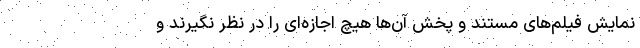
نمایش فیلم‌های مستند و پخش آن‌ها هیچ اجازه‌ای را در نظر نگیرند و